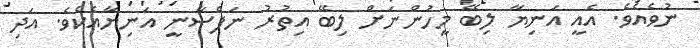
ނުވެއެވެ. އެއީ އަނިޔާ ލިބޭ މީހުންނަށް ލިބޭ އިތުރު ނަފްސާނީ އަނިޔާއެކެވެ. އަދި